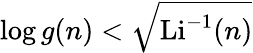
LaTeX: \log g(n)<{\sqrt{\operatorname{Li}^{-1}(n)}}